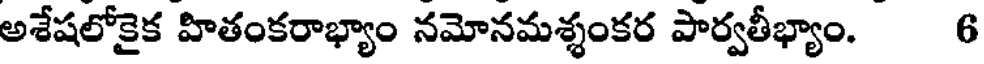
అశేషలోకైక హితంకరాభ్యాం నమోనమశ్శంకర పార్వతీభ్యాం. 6